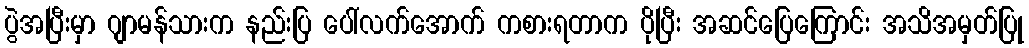
ပွဲအပြီးမှာ ဂျာမန်သားက နည်းပြ ပေါ်လက်အောက် ကစားရတာက ပိုပြီး အဆင်ပြေကြောင်း အသိအမှတ်ပြု